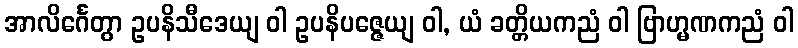
အာလိင်္ဂေတွာ ဥပနိသီဒေယျ ဝါ ဥပနိပဇ္ဇေယျ ဝါ, ယံ ခတ္တိယကညံ ဝါ ဗြာဟ္မဏကညံ ဝါ